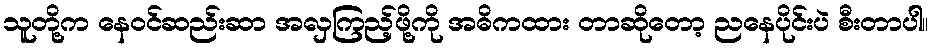
သူတို့က နေဝင်ဆည်းဆာ အလှကြည့်ဖို့ကို အဓိကထား တာဆိုတော့ ညနေပိုင်းပဲ စီးတာပါ။